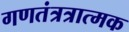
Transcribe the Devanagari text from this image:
गणतंत्रत्रात्मक